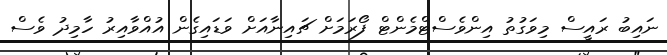
ނައިބު ރައީސް މިވަގުތު އިންވެސްޓްމެންޓް ފޯރަމަށް ޗައިނާއަށް ވަޑައިގެން އުުއްވާއިރު ހާމިދު ވެސް